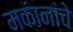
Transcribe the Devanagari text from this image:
मकानांचे